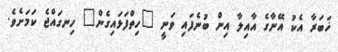
ޚަބަރާ އެކު އޭނާގެ އާއިލާ އިން ބުނެފައި ވަނީ "ހިތްފަޅައިގެން" ހިނގައްޖެ ކަމަށެވެ.